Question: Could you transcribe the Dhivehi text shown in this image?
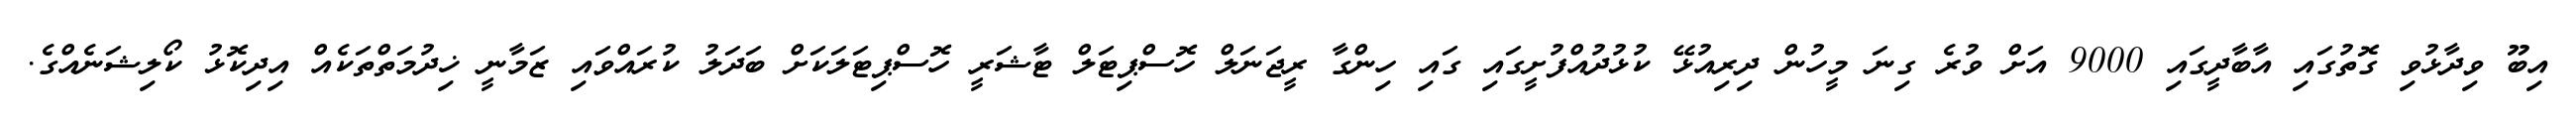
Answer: އިބޫ ވިދާޅުވި ގޮތުގައި އާބާދީގައި 9000 އަށް ވުރެ ގިނަ މީހުން ދިރިއުޅޭ ކުޅުދުއްފުށީގައި ގައި ހިންގާ ރީޖަނަލް ހޮސްޕިޓަލް ޓާޝަރީ ހޮސްޕިޓަލަކަށް ބަދަލު ކުރައްވައި ޒަމާނީ ޚިދުމަތްތަކެއް އިދިކޮޅު ކޯލިޝަނެއްގެ.